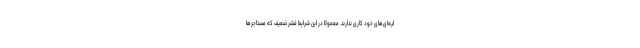
لیه‌ای‌های خود کاری ندارند. معمولا در این شرایط قشر ضعیف که مستاجرها